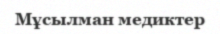
Мұсылман медиктер